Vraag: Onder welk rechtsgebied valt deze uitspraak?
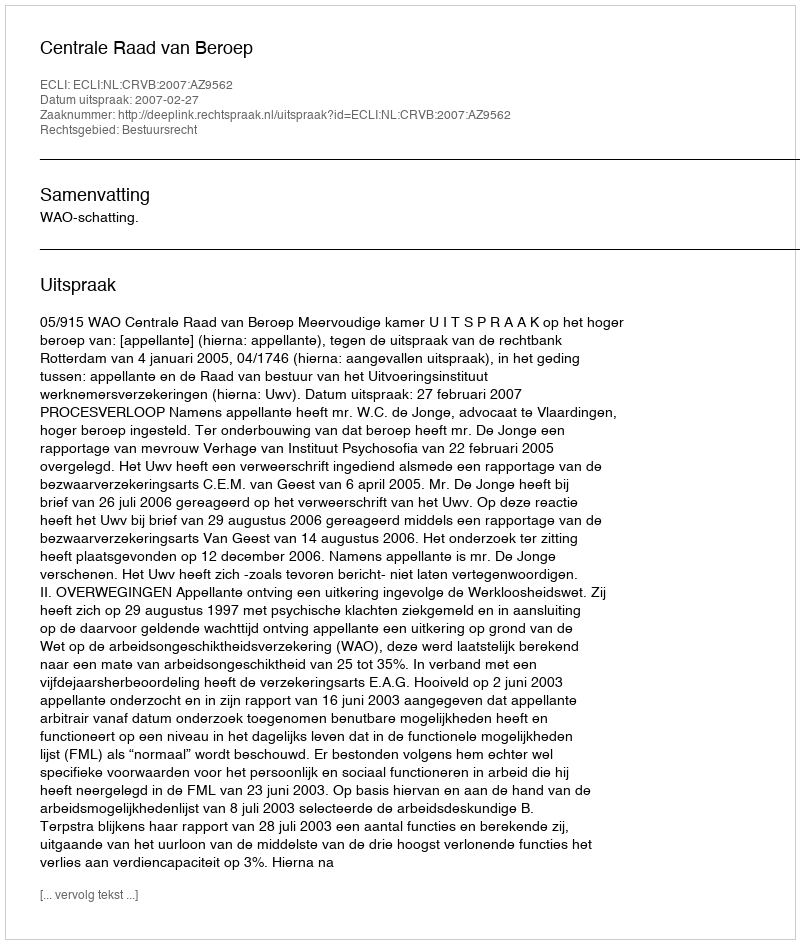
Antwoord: Bestuursrecht